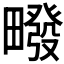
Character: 𰣙